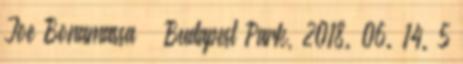
Joe Bonamassa – Budapest Park, 2018. 06. 14. 5